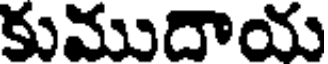
కుముదాయ